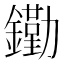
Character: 𨭯